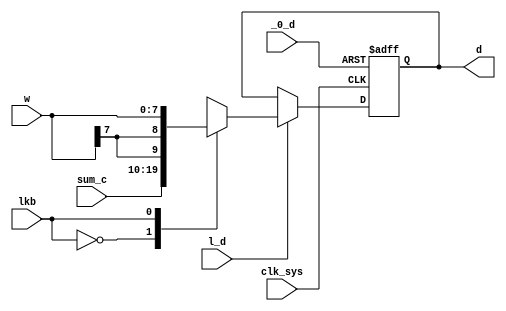
module ld(
	input clk_sys,
	input lkb,
	input _0_d,
	input l_d,
	input [-2:7] sum_c,
	input [8:15] w,
	output reg [-2:7] d
);

	wire [0:9] l;

	always @ (*) begin
		case (lkb)
			0: l <= sum_c[-2:7];
			1: l <= {w[8], w[8], w[8:15]};
		endcase
	end

	always @ (posedge clk_sys, posedge _0_d) begin
		if (_0_d) d <= 10'd0;
		else if (l_d) d <= l;
	end

endmodule